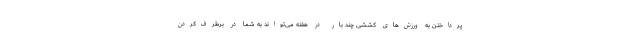
پرداختن به ورزش‌های کششی چند بار در هفته می‌تواند به شما در برطرف‌کردن